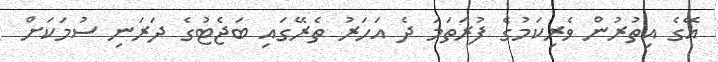
އޭގެ އިތުރުން ވެރިކަމުގެ ފުރަތަމަ ދެ އަހަރު ތެރޭގައި ބަޖެޓުގެ ދަރަނި ސުމަކަށް